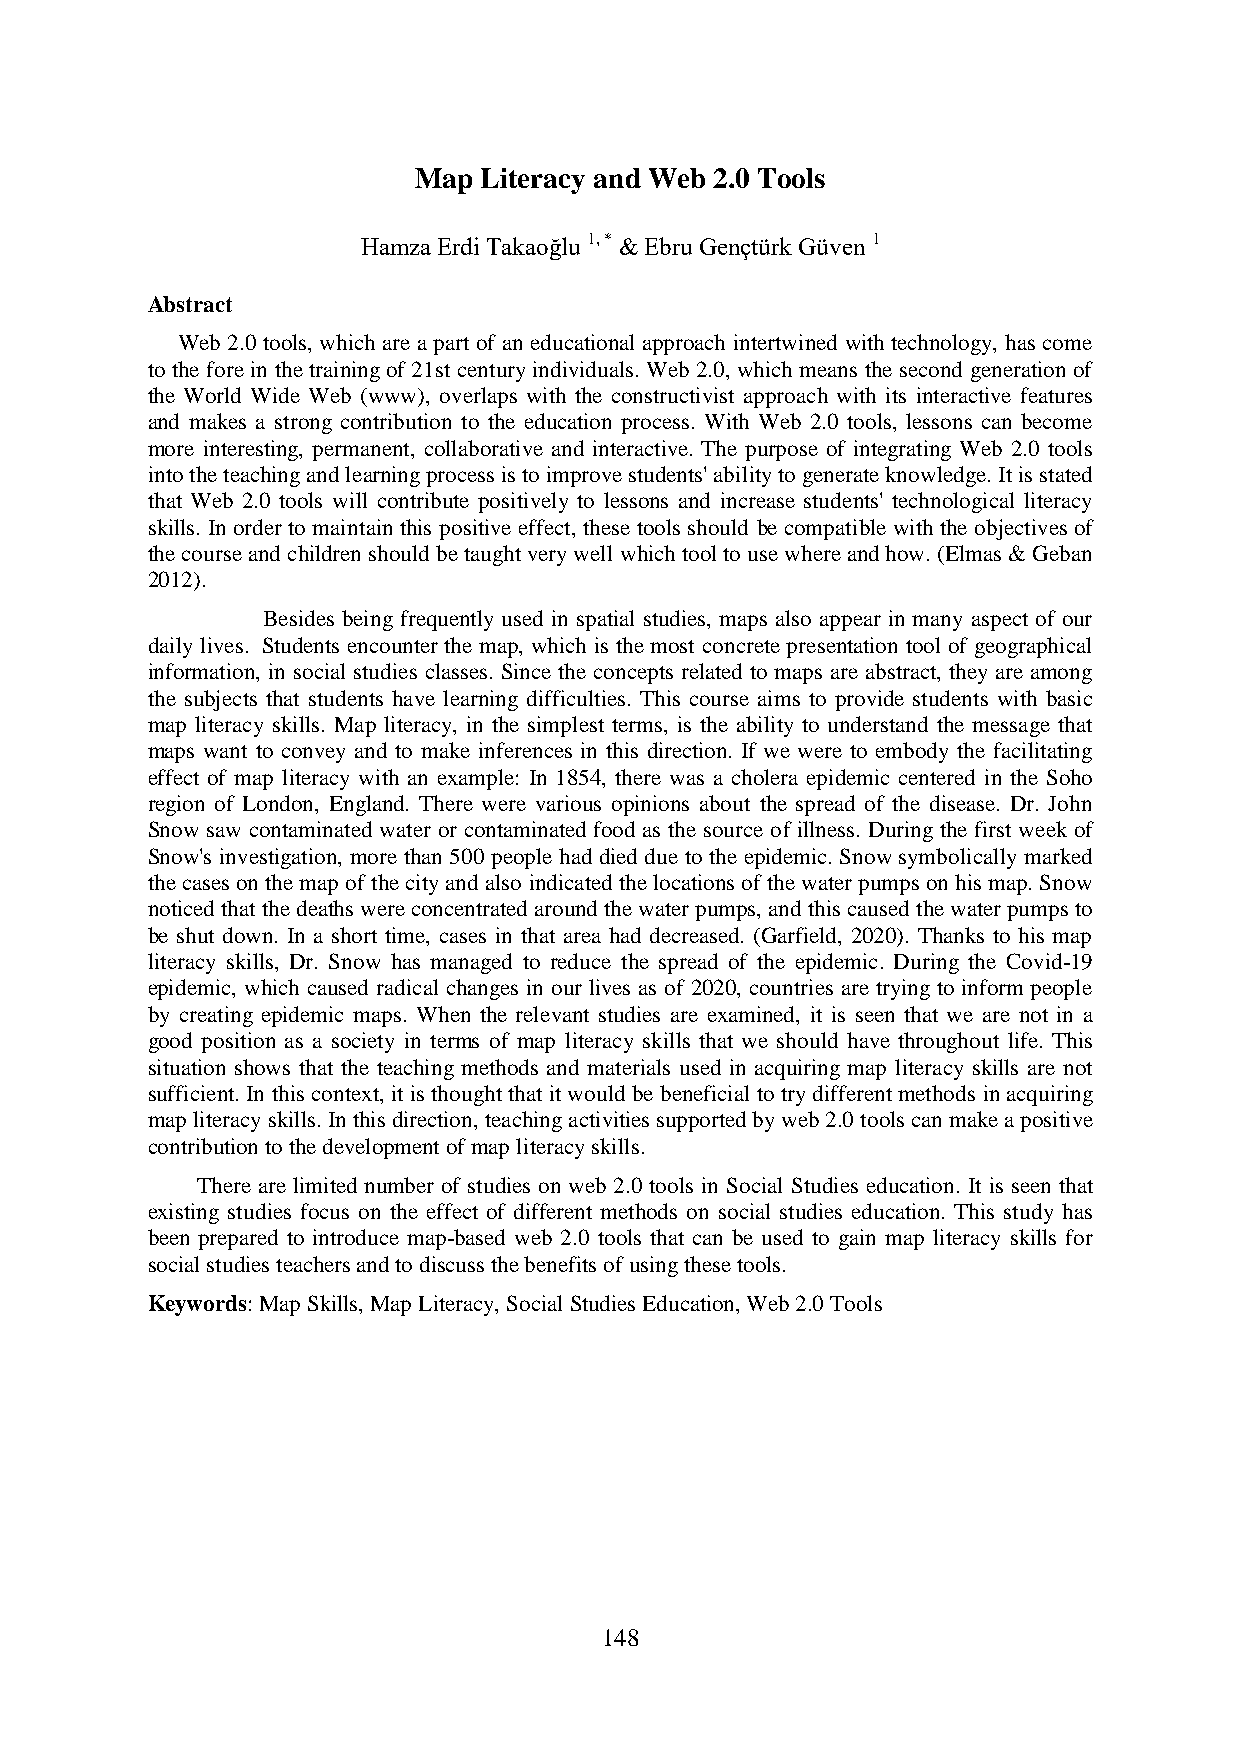
Map  Literacy and Web 2.0 Tools
 Hamza Erdi Takaoğlu 1, * & Ebru Gençtürk Güven 1
 Abstract
 Web 2.0 tools, which are a part of an educational approach intertwined with technology, has come
 to the fore in the training of 21st century individuals. Web 2.0, which means the second generation of
 the World Wide Web (www), overlaps with the constructivist approach with its interactive features
 and makes a strong contribution to the education process. With Web 2.0 tools, lessons can become
 more interesting, permanent, collaborative and interactive. The purpose of integrating Web 2.0 tools
 into the teaching and learning process is to improve students' ability to generate knowledge. It is stated
 that Web 2.0 tools will contribute positively to lessons and increase students' technological literacy
 skills. In order to maintain this positive effect, these tools should be compatible with the objectives of
 the course and children should be taught very well which tool to use where and how. (Elmas & Geban
 2012).
 Besides being frequently used in spatial studies, maps also appear in many aspect of our
 daily lives. Students encounter the map, which is the most concrete presentation tool of geographical
 information, in social studies classes. Since the concepts related to maps are abstract, they are among
 the subjects that students have learning difficulties. This course aims to provide students with basic
 map literacy skills. Map literacy, in the simplest terms, is the ability to understand the message that
 maps want to convey and to make inferences in this direction. If we were to embody the facilitating
 effect of map literacy with an example: In 1854, there was a cholera epidemic centered in the Soho
 region of London, England. There were various opinions about the spread of the disease. Dr. John
 Snow saw contaminated water or contaminated food as the source of illness. During the first week of
 Snow's investigation, more than 500 people had died due to the epidemic. Snow symbolically marked
 the cases on the map of the city and also indicated the locations of the water pumps on his map. Snow
 noticed that the deaths were concentrated around the water pumps, and this caused the water pumps to
 be shut down. In a short time, cases in that area had decreased. (Garfield, 2020). Thanks to his map
 literacy skills, Dr. Snow has managed to reduce the spread of the epidemic. During the Covid-19
 epidemic, which caused radical changes in our lives as of 2020, countries are trying to inform people
 by creating epidemic maps. When the relevant studies are examined, it is seen that we are not in a
 good position as a society in terms of map literacy skills that we should have throughout life. This
 situation shows that the teaching methods and materials used in acquiring map literacy skills are not
 sufficient. In this context, it is thought that it would be beneficial to try different methods in acquiring
 map literacy skills. In this direction, teaching activities supported by web 2.0 tools can make a positive
 contribution to the development of map literacy skills.
 There are limited number of studies on web 2.0 tools in Social Studies education. It is seen that
 existing studies focus on the effect of different methods on social studies education. This study has
 been prepared to introduce map-based web 2.0 tools that can be used to gain map literacy skills for
 social studies teachers and to discuss the benefits of using these tools.
 Keywords: Map Skills, Map Literacy, Social Studies Education, Web 2.0 Tools
 148